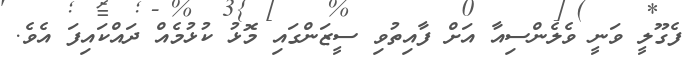
ފެގޫލީ ވަނީ ވެލެންސިއާ އަށް ފާއިތުވި ސީޒަންގައި މޮޅު ކުޅުމެއް ދައްކައިފަ އެވެ.